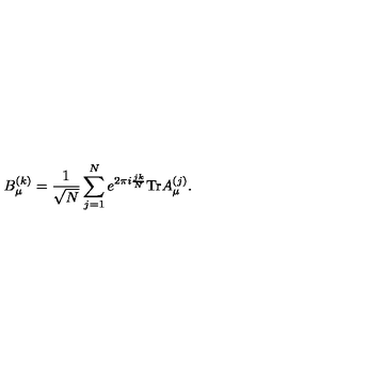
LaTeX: B _ { \mu } ^ { ( k ) } = { \frac { 1 } { \sqrt { N } } } \sum _ { j = 1 } ^ { N } e ^ { 2 \pi i { \frac { j k } { N } } } \mathrm { T r } A _ { \mu } ^ { ( j ) } .